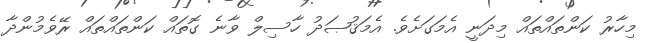
މިހާރު ކަންތައްތައް މިދަނީ އެމަގަށެވެ. އެމަޤުޞަދު ހާސިލް ވާނެ ގޮތައް ކަންތައްތައް ރޭވެމުންދާ